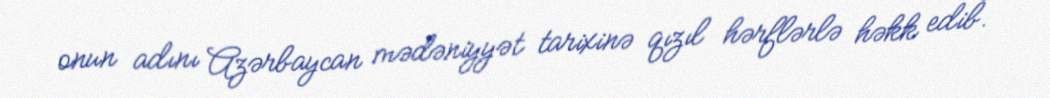
onun adını Azərbaycan mədəniyyət tarixinə qızıl hərflərlə həkk edib.